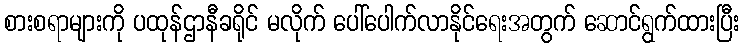
စားစရာများကို ပထုန်ဌာနီခရိုင် မလိုက် ပေါ်ပေါက်လာနိုင်ရေးအတွက် ဆောင်ရွက်ထားပြီး